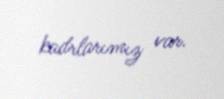
kadrlarımız var.